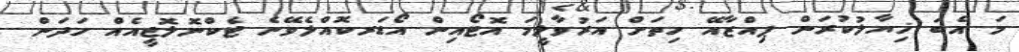
މަ އެބަ ޚިޔާލުކުރަން ޕިއްޒާއޭ ހިތަށް އަރުވާލީމަ އޮޓޯއިން އޯޑަރކޮއްލެވޭނެ ޓެކްނޮލޮޖީއެއް ހަދަން.